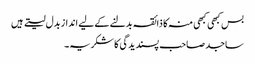
بس کبھی کبھی منہ کا ذائقہ بدلنے کے لیے انداز بدل لیتے ہیں
ساجد صاحب پسندیدگی کا شکریہ۔